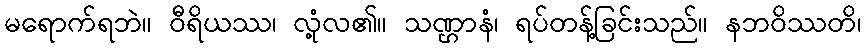
မရောက်ရဘဲ။ ဝီရိယဿ၊ လုံ့လ၏။ သဏ္ဌာနံ၊ ရပ်တန့်ခြင်းသည်။ နဘဝိဿတိ၊